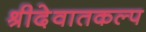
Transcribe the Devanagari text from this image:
श्रीदेवातकल्प